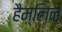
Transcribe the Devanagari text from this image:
हैम्लिन